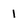
Character: 1